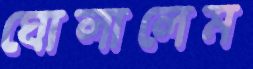
ঘোলালেম